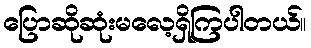
ပြောဆိုဆုံးမလေ့ရှိကြပါတယ်။